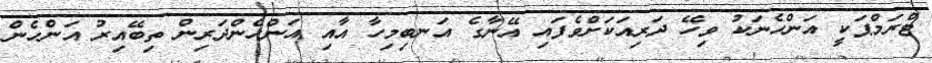
ޓްރަމްޕަކީ އަންހެނަކު ވިހޭ ދަރިއަކަށްވެފައި އޭނާގެ އަނބިމިހާ އާއި އަންހެންދަރިން ތިބޭއިރު އަންހެން